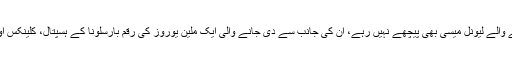
اس صورتحال میں بارسلونا کلب کی نمائندگی کرنے والے لیونل میسی بھی پیچھے نہیں رہے، ان کی جانب سے دی جانے والی ایک ملین یوروز کی رقم بارسلونا کے ہسپتال، کلینکس اور دوسرے میڈیکل سینٹرز میں خرچ کی جائے گی۔